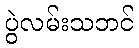
ပွဲလမ်းသဘင်